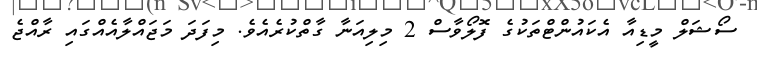
ސޯޝަލް މީޑިއާ އެކައުންޓްތަކުގެ ފޮލޯވާސް 2 މިލިއަނާ ގާތްކުރެއެވެ. މިފަދަ މަޖައްލާއެއްގައި ރާއްޖެ